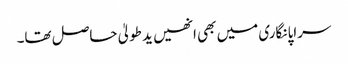
سراپا نگاری میں بھی انھیں ید طولیٰ حاصل تھا۔